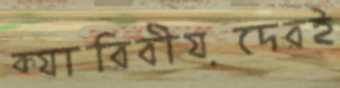
ক্যারিবীয়দেরই